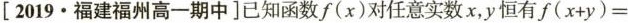
[2019.福建福州高一期中]已知函数f(x)对任意实数x，y恒有$$f ( x + y ) =$$